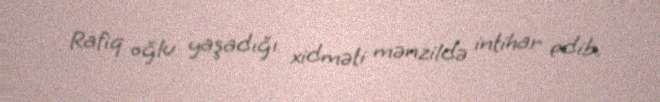
Rafiq oğlu yaşadığı xidməti mənzildə intihar edib.